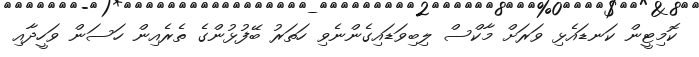
ކޮމިޓީން ކަނޑައެޅި ވަރަށް މާކްސް ލިބިވަޑައިގެންނެވި ހަތަރު ބޭފުޅުންގެ ތެރެއިން ހަސަން ވަހީދާއި